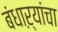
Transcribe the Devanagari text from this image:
बंधाऱ्यांचा